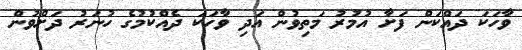
ވާހަކަ ދައްކަން ފަށާ އުމުރު މަތިވުން އަދި ވާހަކަ ދެއްކުމުގެ ހުނަރު ދަށްވުން